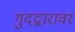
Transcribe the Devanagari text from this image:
गुदद्वारावर